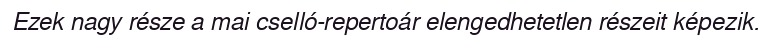
Ezek nagy része a mai cselló-repertoár elengedhetetlen részeit képezik.